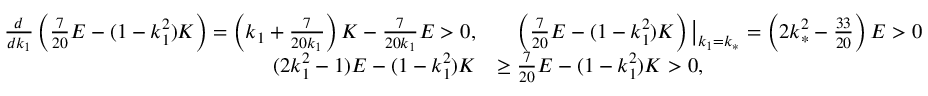
\begin{array} { r l } { \frac { d } { d k _ { 1 } } \left( \frac { 7 } { 2 0 } E - ( 1 - k _ { 1 } ^ { 2 } ) K \right) = \left( k _ { 1 } + \frac { 7 } { 2 0 k _ { 1 } } \right) K - \frac { 7 } { 2 0 k _ { 1 } } E > 0 , } & { \quad \left( \frac { 7 } { 2 0 } E - ( 1 - k _ { 1 } ^ { 2 } ) K \right) \big | _ { k _ { 1 } = k _ { * } } = \left( 2 k _ { * } ^ { 2 } - \frac { 3 3 } { 2 0 } \right) E > 0 } \\ { ( 2 k _ { 1 } ^ { 2 } - 1 ) E - ( 1 - k _ { 1 } ^ { 2 } ) K } & { \geq \frac { 7 } { 2 0 } E - ( 1 - k _ { 1 } ^ { 2 } ) K > 0 , } \end{array}